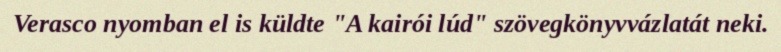
Verasco nyomban el is küldte "A kairói lúd" szövegkönyvvázlatát neki.